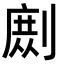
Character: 𭄉